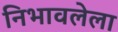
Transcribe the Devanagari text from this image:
निभावलेला